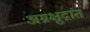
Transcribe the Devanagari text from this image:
अग्रक्षुद्रांत